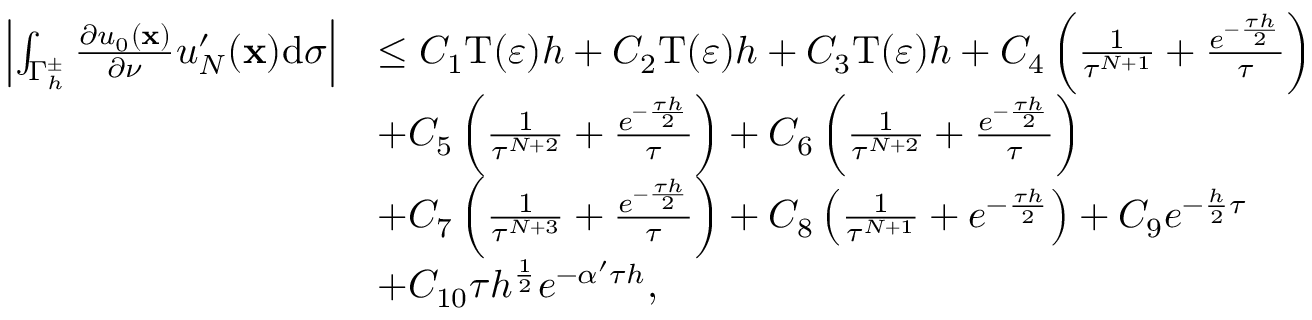
\begin{array} { r l } { \left\vert \int _ { { \Gamma _ { h } ^ { \pm } } } { \frac { \partial { u _ { 0 } } ( \mathbf x ) } { \partial \nu } } u _ { N } ^ { \prime } ( \mathbf x ) \mathrm d \sigma \right\vert } & { \le { C _ { 1 } } \mathrm { T } ( \varepsilon ) h + { C _ { 2 } } \mathrm { T } ( \varepsilon ) h + { C _ { 3 } } \mathrm T ( \varepsilon ) h + { C _ { 4 } } \left( { \frac { 1 } { { \tau ^ { N + 1 } } } } + { \frac { { e ^ { - { \frac { \tau h } { 2 } } } } } { \tau } } \right) } \\ & { + { C _ { 5 } } \left( { \frac { 1 } { { \tau ^ { N + 2 } } } } + { \frac { { e ^ { - { \frac { \tau h } { 2 } } } } } { \tau } } \right) + { C _ { 6 } } \left( { \frac { 1 } { { \tau ^ { N + 2 } } } } + { \frac { { e ^ { - { \frac { \tau h } { 2 } } } } } { \tau } } \right) } \\ & { + { C _ { 7 } } \left( { \frac { 1 } { { \tau ^ { N + 3 } } } } + { \frac { { e ^ { - { \frac { \tau h } { 2 } } } } } { \tau } } \right) + { C _ { 8 } } \left( { \frac { 1 } { { \tau ^ { N + 1 } } } } + { { { e ^ { - { \frac { \tau h } { 2 } } } } } } \right) + { C _ { 9 } } { e ^ { - { \frac { h } { 2 } } \tau } } } \\ & { + { C _ { 1 0 } } \tau { h ^ { { \frac { 1 } { 2 } } } } { e ^ { - \alpha ^ { \prime } \tau h } } , } \end{array}